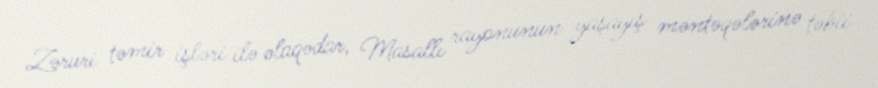
Zəruri təmir işləri ilə əlaqədar, Masallı rayonunun yaşayış məntəqələrinə təbii